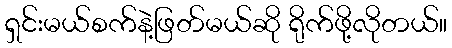
ရှင်းမယ်စက်နဲ့ဖြတ်မယ်ဆို ရိုက်ဖို့လိုတယ်။